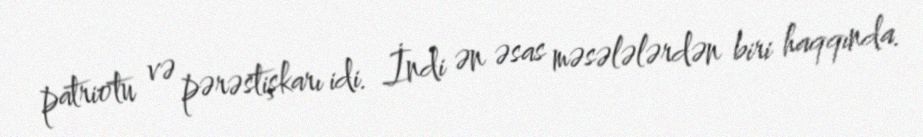
patriotu və pərəstişkarı idi. İndi ən əsas məsələlərdən biri haqqında.